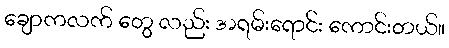
ချောကလက် တွေ လည်း အရမ်းရောင်း ကောင်းတယ်။